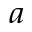
^ { a }